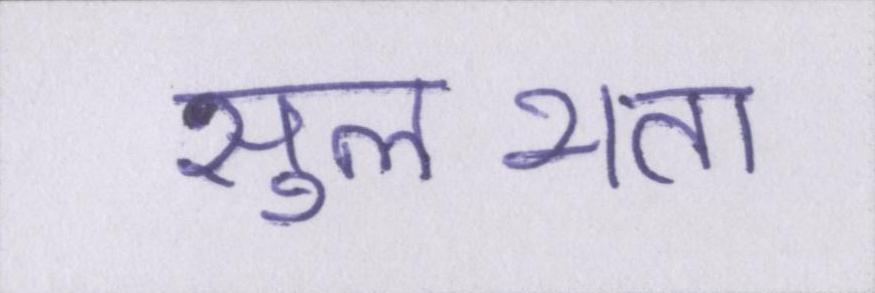
सुलभता